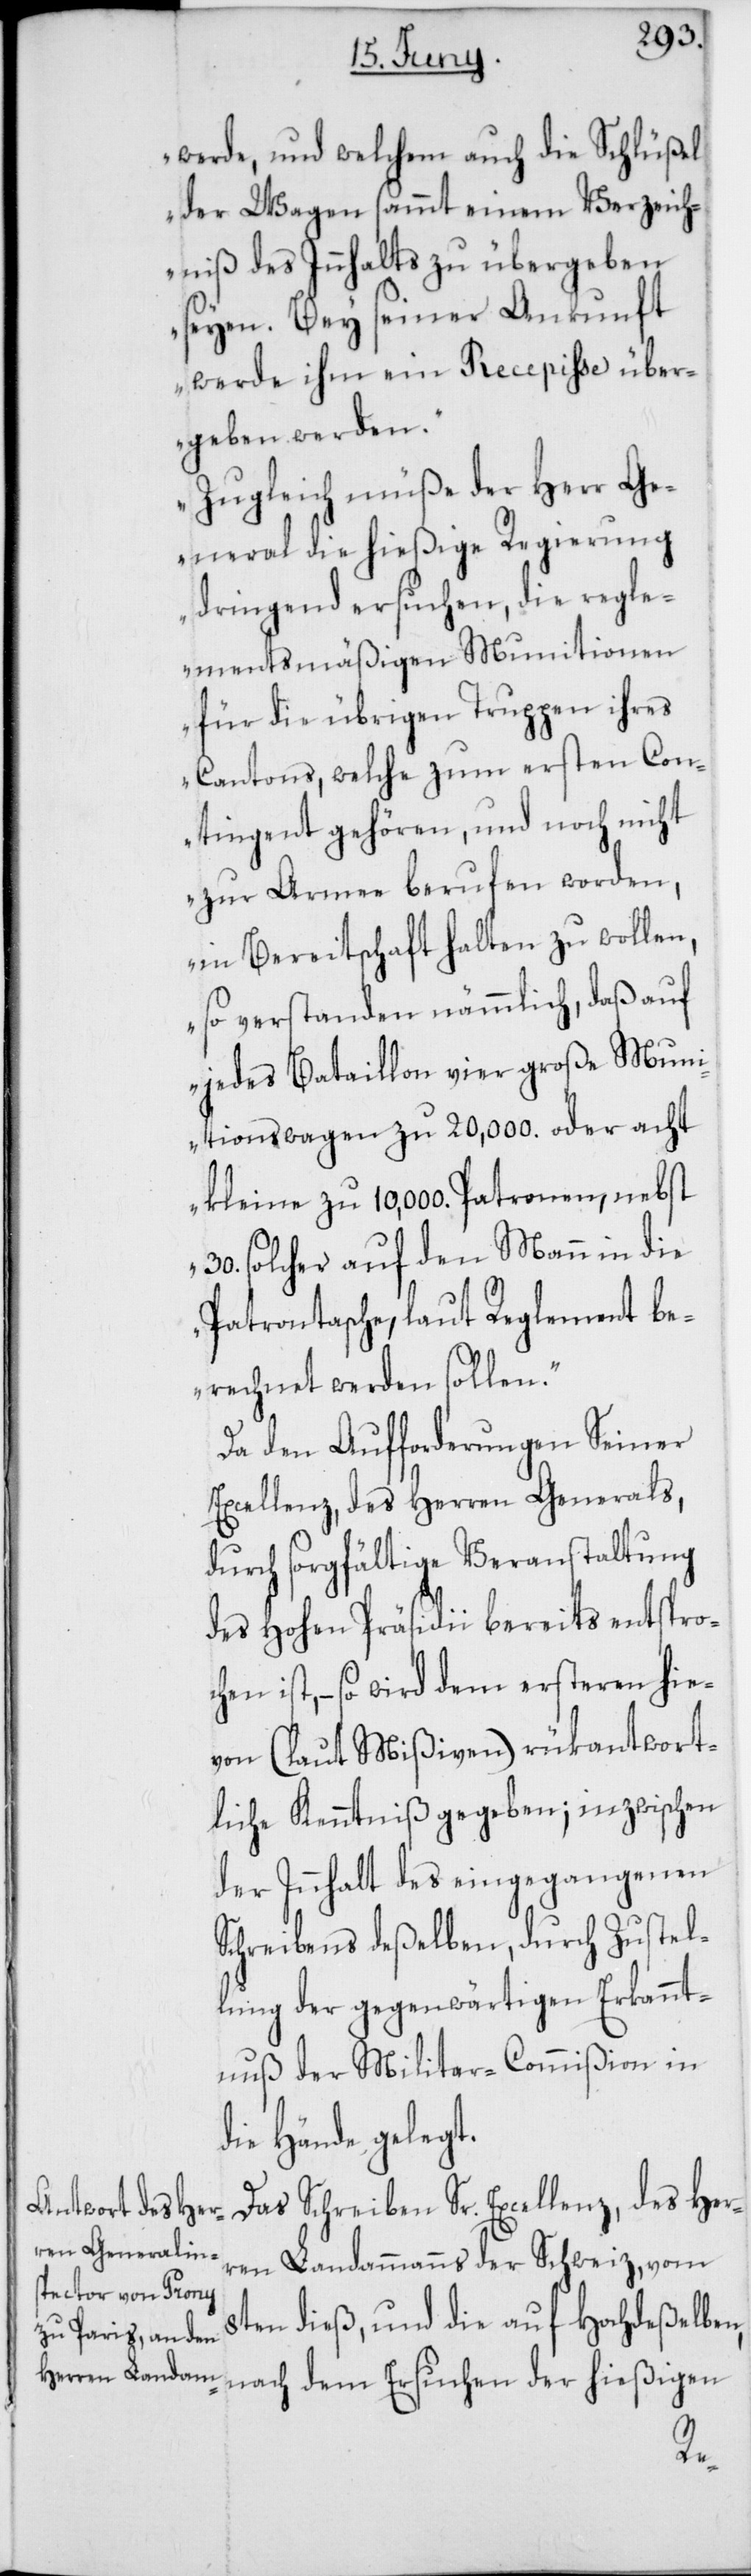
werde, und welchem auch die Schlüßel
der Wagen sammt einem Verzeich¬
niß des Innhalts zu übergeben
seyen. Bey seiner Ankunft
werde ihm ein Recepiße über¬
geben werden.
Zugleich müße der Herr Ge¬
neral die hießige Regierung
dringend ersuchen, die regle¬
mentsmäßigen Munitionen
für die übrigen Truppen ihres
Cantons, welche zum ersten Con¬
tingent gehören, und noch nicht
zur Armee berufen worden,
in Bereitschaft halten zu wollen,
so verstanden nämmlich, daß auf
jedes Bataillon vier große Muni¬
tionswagen zu 20,000. oder acht
kleine zu 10,000. Patronen, nebst
30. solcher auf den Mann in die
Patronentasche, laut Reglement be¬
rechnet werden sollen.“
Da den Aufforderungen Seiner
Excellenz, des Herren Generals,
durch sorgfältige Veranstaltung
des Hohen Präsidii bereits entspro¬
chen ist, – so wird dem ersteren hie¬
von (laut Mißiven) rükantwort¬
liche Kenntniß gegeben; inzwischen
der Innhalt des eingegangen
Schreibens deßelben, durch Zustel¬
lung der gegenwärtigen Erkannt¬
nuß der Militar-Commißion in
die Hände gelegt.
Das Schreiben Sr. Excellenz, des Her¬
ren Landammanns der Schweiz, vom
8ten dieß, und die auf Hochdeßelben,
der